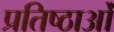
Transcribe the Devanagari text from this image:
प्रतिष्ठाओं